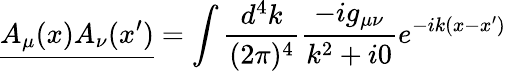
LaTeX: {\underline{{A_{\mu}(x)A_{\nu}(x^{\prime})}}}=\int{\frac{d^{4}k}{(2\pi)^{4}}}{\frac{-ig_{\mu\nu}}{k^{2}+i0}}e^{-ik(x-x^{\prime})}